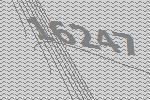
16247